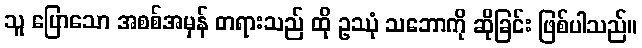
သူ ပြောသော အစစ်အမှန် တရားသည် ထို ဥဿုံ သဘောကို ဆိုခြင်း ဖြစ်ပါသည်။